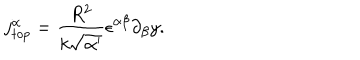
LaTeX: j _ { t o p } ^ { \alpha } = \frac { R ^ { 2 } } { k \sqrt { \alpha ^ { \prime } } } \epsilon ^ { \alpha \beta } \partial _ { \beta } y .